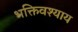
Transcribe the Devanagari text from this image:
भक्तिवश्याय